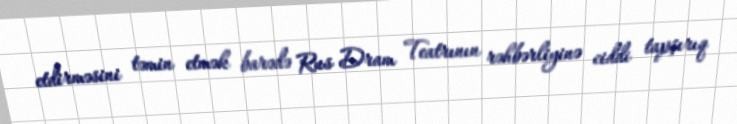
etdirməsini təmin etmək barədə Rus Dram Teatrının rəhbərliyinə ciddi tapşırıq